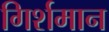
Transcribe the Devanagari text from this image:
गिर्शमान